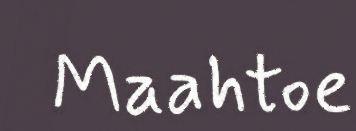
Maahtoe